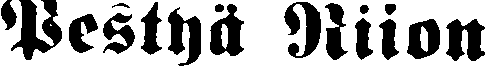
Pestyä Riion